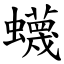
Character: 蠛